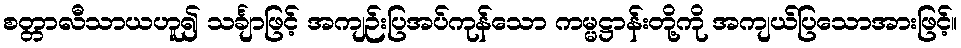
စတ္တာလီသာယဟူ၍ သင်္ချာဖြင့် အကျဉ်းပြအပ်ကုန်သော ကမ္မဋ္ဌာန်းတို့ကို အကျယ်ပြသောအားဖြင့်။